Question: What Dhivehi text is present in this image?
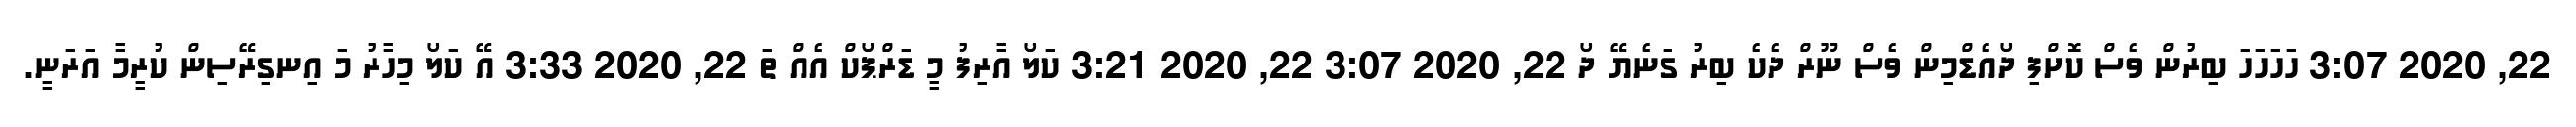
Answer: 22, 2020 3:07 ހަހަހަހަ ބިރުން ވެސް ކޮށްފި ދޯއެޑްމިން ވެސް ނޫރް ދެކެ ބިރު ގަނެޔޭ ދޯ 22, 2020 3:07 22, 2020 3:21 ކަލޯ އާރިފު މީ ޑަރްޕޯކް އެއް ތަ 22, 2020 3:33 އޭ ކަލޯ މިހާރު މަ އިނގިރޭސިން ކުރީމާ އަރަނީ.